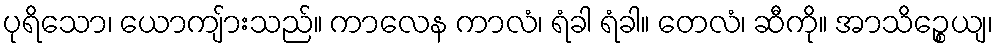
ပုရိသော၊ ယောကျ်ားသည်။ ကာလေန ကာလံ၊ ရံခါ ရံခါ။ တေလံ၊ ဆီကို။ အာသိဉ္စေယျ၊